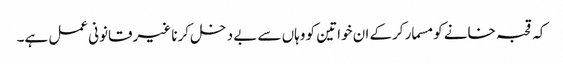
کہ قحبہ خانے کو مسمار کرکے ان خواتین کو وہاں سے بے دخل کرنا غیرقانونی عمل ہے۔